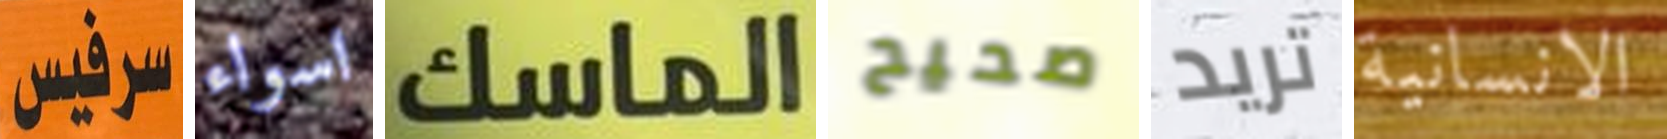
سرفيس اسواء الماسك صحيح تريد الانسانية